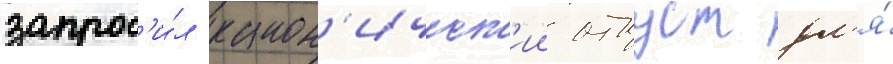
запрос'и́л канон'ическ'ии отпуст дл'я́